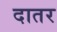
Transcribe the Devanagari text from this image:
दातर